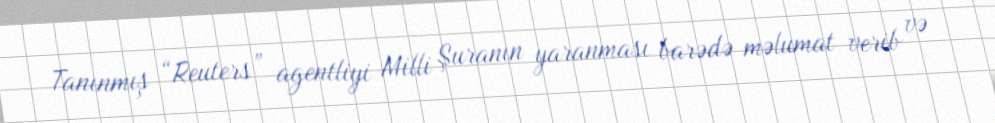
Tanınmış “Reuters” agentliyi Milli Şuranın yaranması barədə məlumat verib və